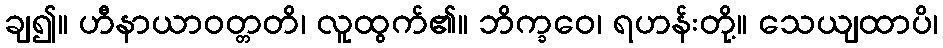
ချ၍။ ဟီနာယာဝတ္တတိ၊ လူထွက်၏။ ဘိက္ခဝေ၊ ရဟန်းတို့။ သေယျထာပိ၊